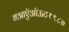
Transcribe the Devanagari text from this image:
बआऍऑऊट१९८७